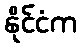
နိုင်ငံက